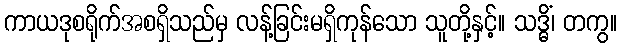
ကာယဒုစရိုက်အစရှိသည်မှ လန့်ခြင်းမရှိကုန်သော သူတို့နှင့်။ သဒ္ဓိံ၊ တကွ။